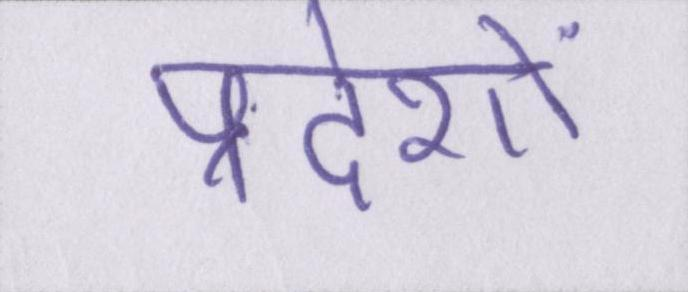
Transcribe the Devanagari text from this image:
प्रदेशों